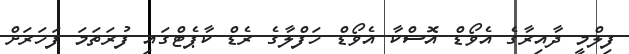
ފިލްމީ ދާއިރާގެ އެވޯޑް އޮސްކާ އެވޯޑް ހަފްލާގެ ރެޑް ކާޕެޓްގައި ފުރަތަމަ ފަހަރަށް